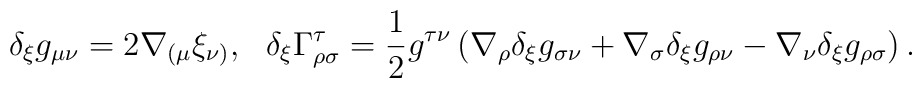
\delta_{\xi} g_{\mu \nu } = 2 \nabla_{( \mu} \xi _{\nu)  } ,\ \   \delta_{\xi} \Gamma^{\tau }_{\rho \sigma} =\frac{1}{2}g^{\tau \nu} \left(\nabla_{\rho} \delta _{\xi} g_{\sigma \nu} + \nabla_{\sigma}\delta _{\xi} g_{\rho \nu} - \nabla_{\nu} \delta _{\xi} g_{\rho \sigma}\right).